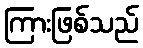
ကြားဖြစ်သည်